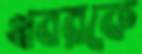
খবরকে